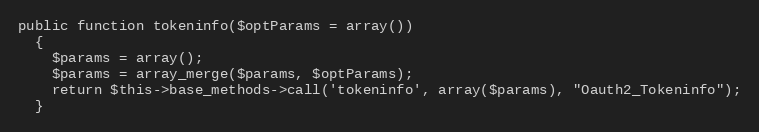
Language: PHP
public function tokeninfo($optParams = array())
  {
    $params = array();
    $params = array_merge($params, $optParams);
    return $this->base_methods->call('tokeninfo', array($params), "Oauth2_Tokeninfo");
  }